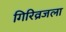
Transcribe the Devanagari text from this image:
गिरिव्रजला